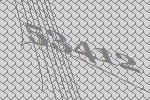
53412